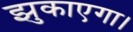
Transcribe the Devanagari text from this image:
झुकाएगा।